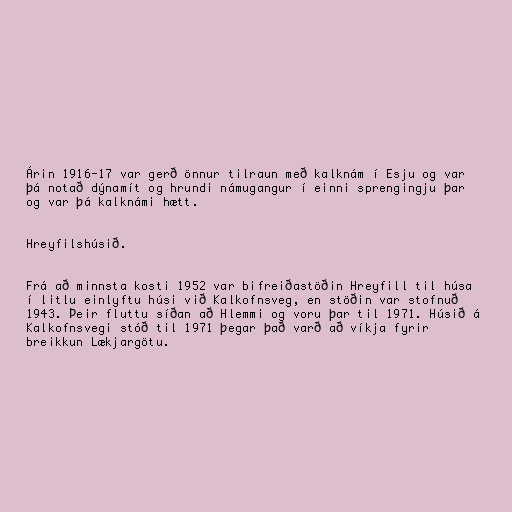
Árin 1916-17 var gerð önnur tilraun með kalknám í Esju og var
þá notað dýnamít og hrundi námugangur í einni sprengingju þar
og var þá kalknámi hætt.

Hreyfilshúsið.

Frá að minnsta kosti 1952 var bifreiðastöðin Hreyfill til húsa
í litlu einlyftu húsi við Kalkofnsveg, en stöðin var stofnuð
1943. Þeir fluttu síðan að Hlemmi og voru þar til 1971. Húsið á
Kalkofnsvegi stóð til 1971 þegar það varð að víkja fyrir
breikkun Lækjargötu.